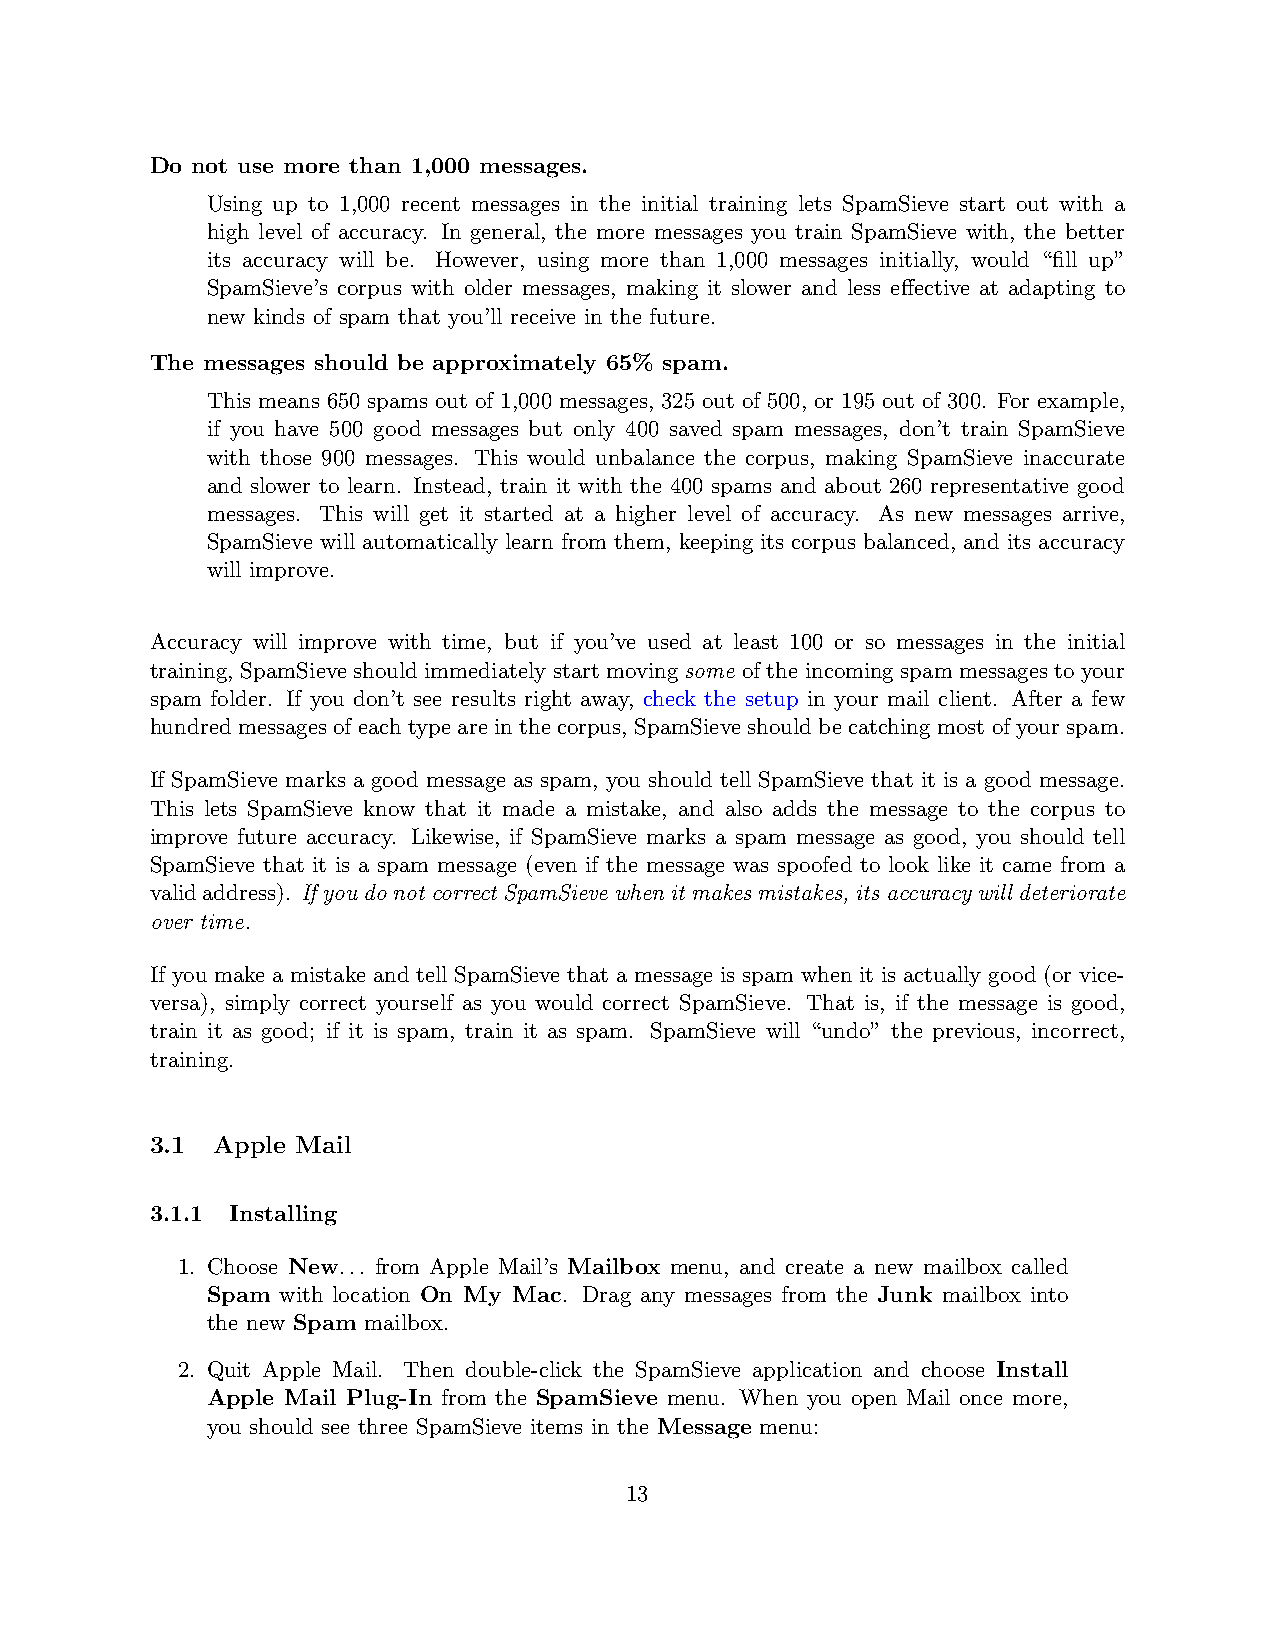
Do not use more than 1,000 messages.
 Using up to 1,000 recent messages in the initial training lets SpamSieve start out with a
 high level of accuracy. In general, the more messages you train SpamSieve with, the better
 its accuracy will be. However, using more than 1,000 messages initially, would “fill up”
 SpamSieve’s corpus with older messages, making it slower and less effective at adapting to
 new kinds of spam that you’ll receive in the future.
 The messages should be approximately 65% spam.
 This means 650 spams out of 1,000 messages, 325 out of 500, or 195 out of 300. For example,
 if you have 500 good messages but only 400 saved spam messages, don’t train SpamSieve
 with those 900 messages. This would unbalance the corpus, making SpamSieve inaccurate
 and slower to learn. Instead, train it with the 400 spams and about 260 representative good
 messages. This will get it started at a higher level of accuracy. As new messages arrive,
 SpamSieve will automatically learn from them, keeping its corpus balanced, and its accuracy
 will improve.
 Accuracy will improve with time, but if you’ve used at least 100 or so messages in the initial
 training, SpamSieve should immediately start moving some of the incoming spam messages to your
 spam folder. If you don’t see results right away, check the setup in your mail client. After a few
 hundred messages of each type are in the corpus, SpamSieve should be catching most of your spam.
 If SpamSieve marks a good message as spam, you should tell SpamSieve that it is a good message.
 This lets SpamSieve know that it made a mistake, and also adds the message to the corpus to
 improve future accuracy. Likewise, if SpamSieve marks a spam message as good, you should tell
 SpamSieve that it is a spam message (even if the message was spoofed to look like it came from a
 validaddress). IfyoudonotcorrectSpamSievewhenitmakesmistakes, itsaccuracywilldeteriorate
 over time.
 If you make a mistake and tell SpamSieve that a message is spam when it is actually good (or vice-
 versa), simply correct yourself as you would correct SpamSieve. That is, if the message is good,
 train it as good; if it is spam, train it as spam. SpamSieve will “undo” the previous, incorrect,
 training.
 3.1 Apple Mail
 3.1.1 Installing
 1. Choose New... from Apple Mail’s Mailbox menu, and create a new mailbox called
 Spam with location On My Mac. Drag any messages from the Junk mailbox into
 the new Spam mailbox.
 2. Quit Apple Mail. Then double-click the SpamSieve application and choose Install
 Apple Mail Plug-In from the SpamSieve menu. When you open Mail once more,
 you should see three SpamSieve items in the Message menu:
 13